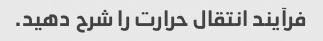
فرآیند انتقال حرارت را شرح دهید.